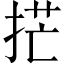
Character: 𫼳